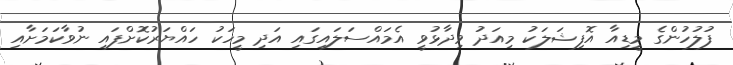
ފުލުހުންގެ މީޑިއާ އޮފިޝަލަކު މިއަދު ވިދާޅުވީ އެމައްސަލައިގައި އަދި މީހަކު ހައްޔަރުކޮށްފައި ނުވާކަަމަށާއި